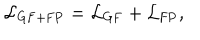
{ \cal L } _ { \mathrm { G F + F P } } = { \cal L } _ { \mathrm { G F } } + { \cal L } _ { \mathrm { F P } } ,